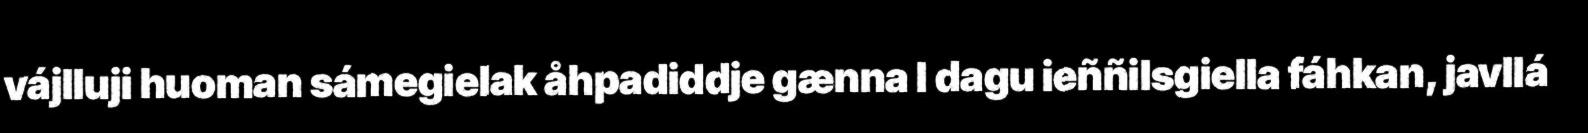
vájlluji huoman sámegielak åhpadiddje gænna l dagu ieññilsgiella fáhkan, javllá